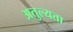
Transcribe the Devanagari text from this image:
अतुल्यता